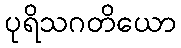
ပုရိသဂတိယော